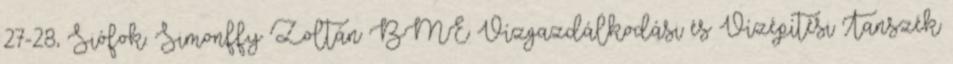
27-28, Siófok. Simonffy Zoltán BME Vízgazdálkodási és Vízépítési Tanszék